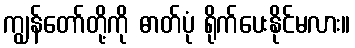
ကျွန်တော်တို့ကို ဓာတ်ပုံ ရိုက်ပေးနိုင်မလား။